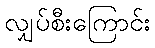
လျှပ်စီးကြောင်း